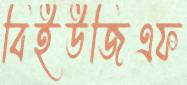
বিইউজিএফ